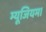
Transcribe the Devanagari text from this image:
म्यूजियम।